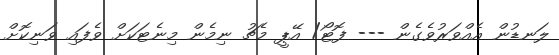
ލަނޑުން އެއްވަރުވެގެން --- ފޮޓޯ/ އޭޕީ މެޗު ނިމެން މިނެޓަކަށް ވެފައި ވަނިކޮށް